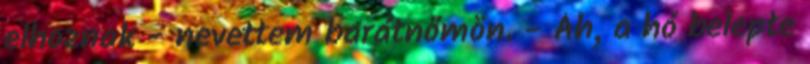
elhoznak - nevettem barátnőmön. - Áh, a hó belepte